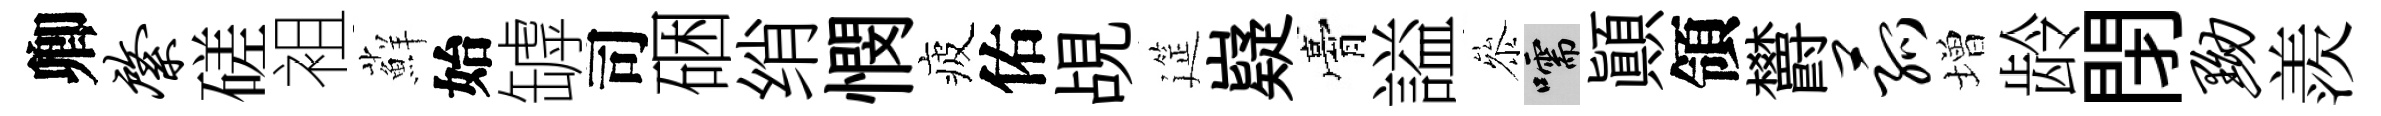
卿綮磋袓蘚始罅司硱绡憫疲佑覘筵嶷膏謚叅嚅顚領欝菰増龄閉黝羨